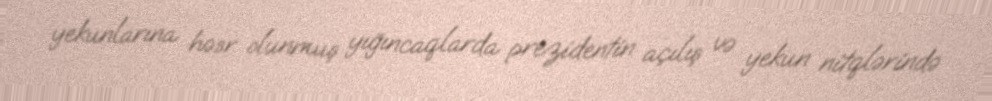
yekunlarına həsr olunmuş yığıncaqlarda prezidentin açılış və yekun nitqlərində